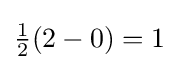
{\textstyle {\frac {1}{2}}(2-0)=1}